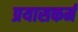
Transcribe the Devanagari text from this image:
प्रयासकर्म